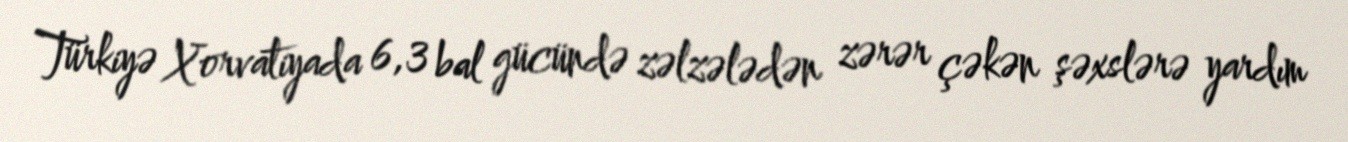
Türkiyə Xorvatiyada 6,3 bal gücündə zəlzələdən zərər çəkən şəxslərə yardım